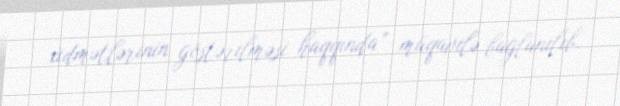
xidmətlərinin göstərilməsi haqqında” müqavilə bağlanılıb.